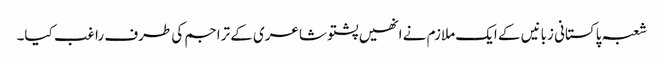
شعبہ پاکستانی زبانیں کے ایک ملازم نے انھیں پشتو شاعری کے تراجم کی طرف راغب کیا۔